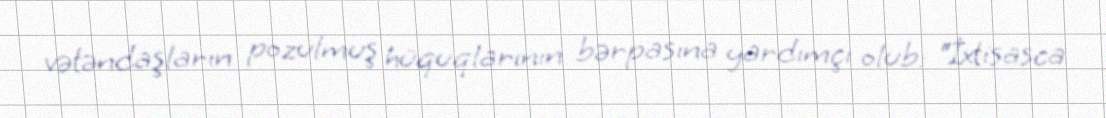
vətəndaşların pozulmuş hüquqlarının bərpasına yardımçı olub: “İxtisasca